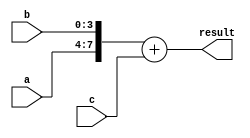
module vector_continuous_assignment (
    input wire [3:0] a,        // 4-bit input signal a
    input wire [3:0] b,        // 4-bit input signal b
    input wire [3:0] c,        // 4-bit input signal c
    output wire [7:0] result   // 8-bit output vector signal
);

// Continuous assignment for the result vector
assign result = {a, b} + c;  // Concatenate a and b, then add c

endmodule